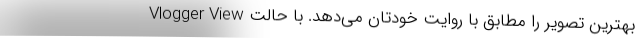
بهترین تصویر را مطابق با روایت خودتان می‌دهد. با حالت Vlogger View